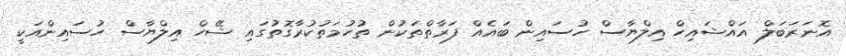
އޮނަރަބަލް އައްޝައިހް އިލްޔާސް ހުސައިން ބައެއް ފަރާތްތަކުން ތުހުމަތުކުރާގޮތުގައި ޝޭހް އިލްޔާސް ހުސައިންއަކީ